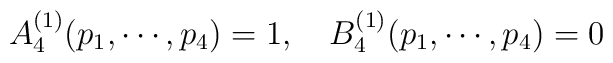
A_4 ^{(1)} (p_1,\cdots,p_4) = 1,\quad B_4^{(1)} (p_1,\cdots,p_4) = 0